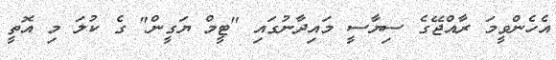
އެހެންވީމަ ރާއްޖޭގެ ސިޔާސީ މައިދާނުގައި "ޓީމް ޔަގީން" ގެ ކުލަ މި އޮތީ